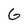
Character: G